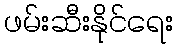
ဖမ်းဆီးနိုင်ရေး